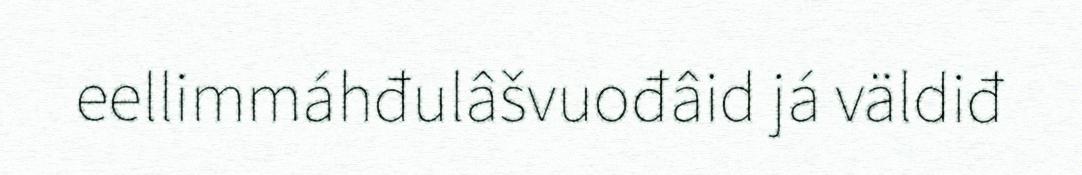
eellimmáhđulâšvuođâid já väldiđ